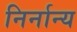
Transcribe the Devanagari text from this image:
निर्नान्य